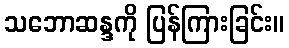
သဘောဆန္ဒကို ပြန်ကြားခြင်း။